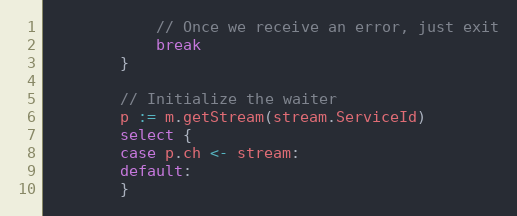
Language: Go
			// Once we receive an error, just exit
			break
		}

		// Initialize the waiter
		p := m.getStream(stream.ServiceId)
		select {
		case p.ch <- stream:
		default:
		}